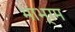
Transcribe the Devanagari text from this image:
भाभ्रम